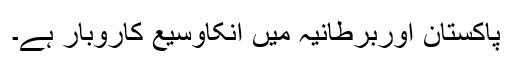
پاکستان اوربرطانیہ میں انکاوسیع کاروبار ہے۔